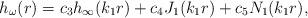
LaTeX: \begin{align*}h_{\omega}(r) = c_3 h_{\infty}(k_1r) + c_4 J_1(k_1r) + c_5 N_1(k_1r),\end{align*}